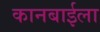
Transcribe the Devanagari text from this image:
कानबाईला